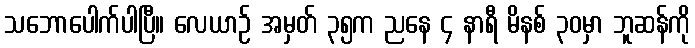
သဘောပေါက်ပါပြီ။ လေယာဉ် အမှတ် ၃၅က ညနေ ၄ နာရီ မိနစ် ၃၀မှာ ဘူဆန်ကို